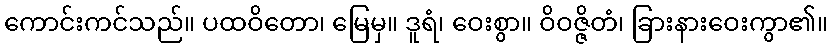
ကောင်းကင်သည်။ ပထဝိတော၊ မြေမှ။ ဒူရံ၊ ဝေးစွာ။ ဝိဝဇ္ဇိတံ၊ ခြားနားဝေးကွာ၏။